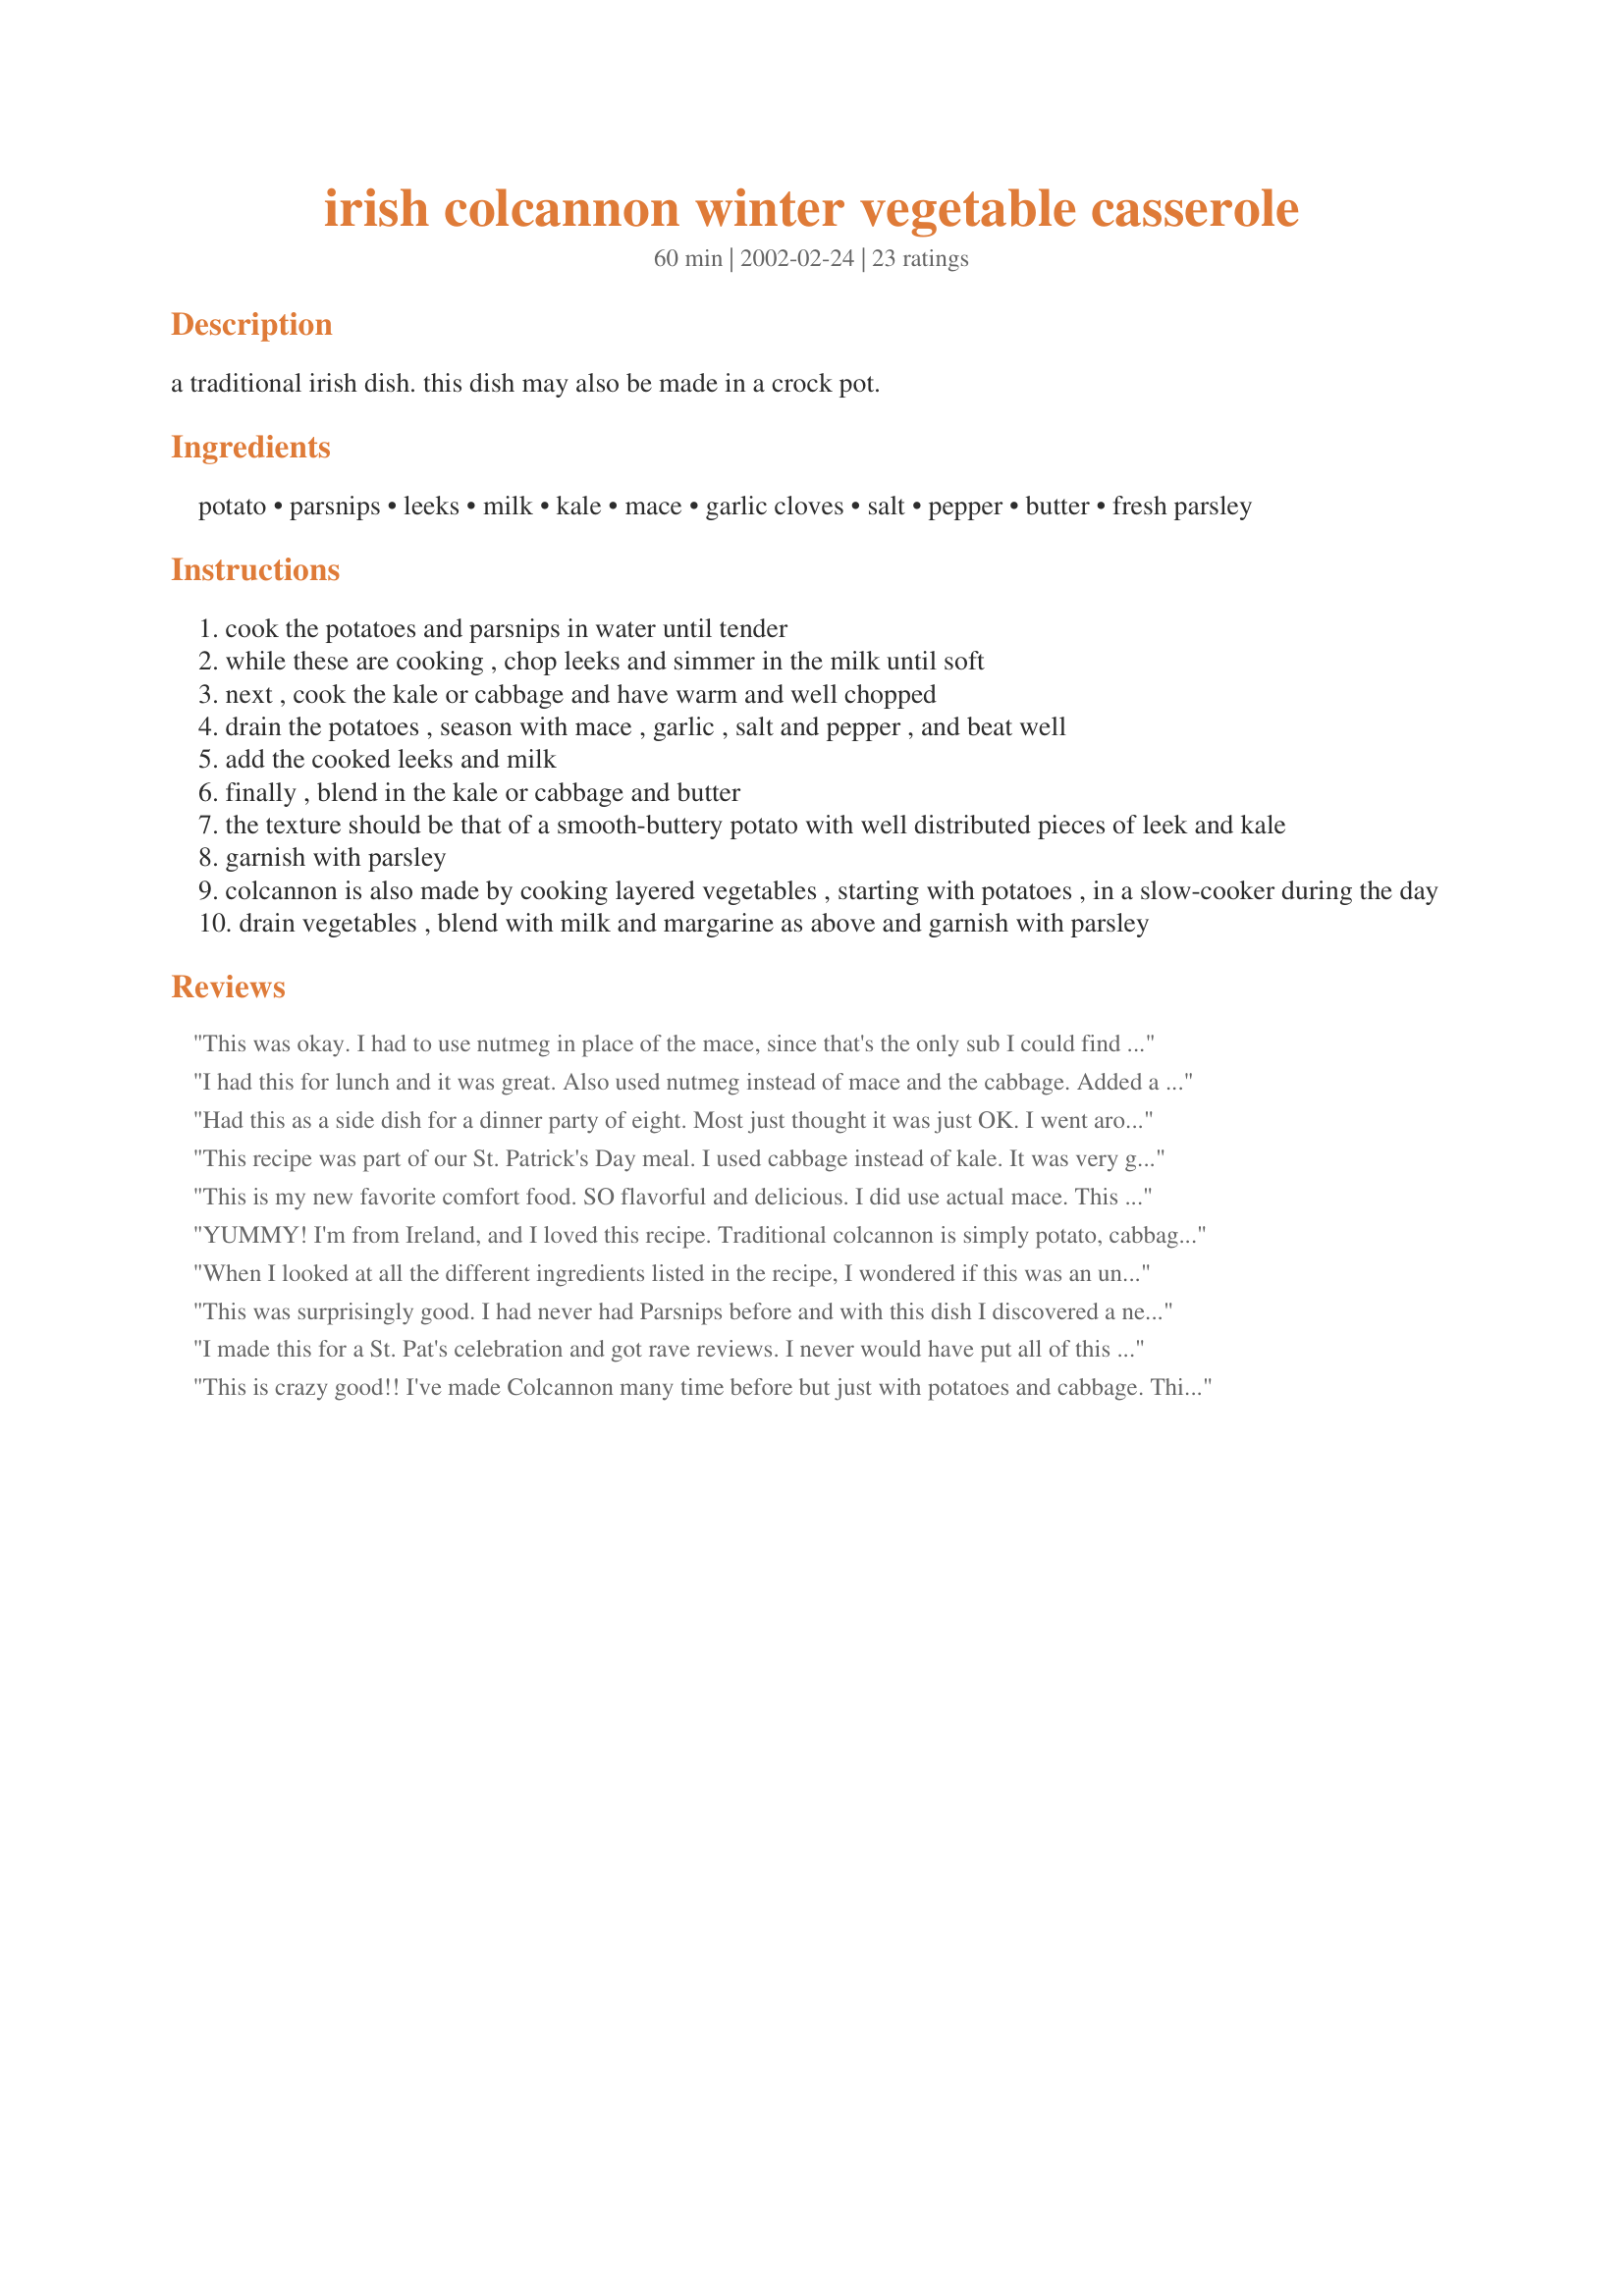
irish colcannon winter vegetable casserole
Preparation time: 60 minutes

a traditional irish dish. this dish may also be made in a crock pot.

Ingredients:
potato, parsnips, leeks, milk, kale, mace, garlic cloves, salt, pepper, butter, fresh parsley

Steps:
cook the potatoes and parsnips in water until tender
while these are cooking , chop leeks and simmer in the milk until soft
next , cook the kale or cabbage and have warm and well chopped
drain the potatoes , season with mace , garlic , salt and pepper , and beat well
add the cooked leeks and milk
finally , blend in the kale or cabbage and butter
the texture should be that of a smooth-buttery potato with well distributed pieces of leek and kale
garnish with parsley
colcannon is also made by cooking layered vegetables , starting with potatoes , in a slow-cooker during the day
drain vegetables , blend with milk and margarine as above and garnish with parsley

Reviews:
This was okay. I had to use nutmeg in place of the mace, since that's the only sub I could find at my store. I added some instant potato flakes to thicken it up and make it creamier.
I had this for lunch and it was great. Also used nutmeg instead of mace and the cabbage. Added a bit of shredded cheddar cheese and enjoyed!
Had this as a side dish for a dinner party of eight. Most just thought it was just OK. I went around the table and asked guests to rate it on a scale of 1-10. Most said 6.

This recipe was part of our St. Patrick's Day meal. I used cabbage instead of kale. It was very good. A nice hearty dish to serve on a cold day.
This is my new favorite comfort food. SO flavorful and delicious. I did use actual mace. This recipe requires a lot of pots and pans, but the cleanup is totally worth it. Thanks Miss Annie!
YUMMY!

I'm from Ireland, and I loved this recipe. Traditional colcannon is simply potato, cabbage, milk, butter, salt and pepper (it is a simple, easy, staple meal for some people here). This version gives it an interesting twist, lovely taste. Will try again. Colcannon goes great with bacon or gammon!
When I looked at all the different ingredients listed in the recipe, I wondered if this was an unusual and upmarket version of Coclannon. I asked a friend at work who comes from Ireland and she says she includes parsnips, leeks etc too. So regarding Mysterygirl's question on authenticity, it passes the test with flying colours (I had to sub nutmeg for mace too though)! DH and I enjoyed this; we had it with vegetarian sausages for a real Friday night comfort food fest! I can also tell you that my version looked like Rita L's photograph; but without the immaculate presentation though! 

This was surprisingly good. I had never had Parsnips before and with this dish I discovered a new vegetable that I liked. I was impressed with the different kinds of vegetables used to make this hearty dish. I hate cleaning leeks so I did not use them and I cut the parsley by half. But I was thoroughly impressed to say the least and I will be using this recipe again in the upcoming colder months.<br/><br/>Thanks so much for sharing. A simply wonderful companion to almost any meat and would work well as a main dish for a vegetarian dinner or while on a no-meat diet.
I made this for a St. Pat's celebration and got rave reviews. I never would have put all of this together on my own. What a great combination!
This is crazy good!! I've made Colcannon many time before but just with potatoes and cabbage. This takes the dish to a whole ( and very satisfying) new level. Our gourmet market sells Irish Bangers. I served those, this colcannon and beer bread for a very tasty dinner. We had left over colcannon that I formed into small patties and fried up in butter and served with fried eggs for breakfast. A real stick-to-the-ribs meal on a cold day. Many thanks!!
I've never had colcannon before so I can only review this on taste and not authenticity. As far as taste is concerned this is excellent. I had never cooked kale before and dh requsted that I use it instead of cabbage. I also subbed nutmeg for mace since I didn't have any on hand. I must tell you that this is just an excellent cold weather dish. Very filing and very comforting.
FANTASTIC! I made this for the first time this St. Patrick's Day 2007 and it turned out great. I used about 2 - 2.5 lbs. Yukon Gold Potatoes and only 1 parsnip. I used everything else listed in the ingredients and maybe a bit more butter (to taste!). These are amazing and I could eat them just about every day. My Irish family-in-laws LOVED them!
I LOVED this. I halved the recipe and it came out great! There is only 2 of us so 6-8 servings is a bit to much, but this was so good I wish I had made the full recipe! I blended it up a little more than called for so it was more like smashed root veggies & cabbage with leeks. VERY creamy and nice. I didn't have mace, and usually don't use it so I substituted nutmeg. For the cabbage I had some napa cabbage in the fridge so I used that. I only had 2% milk and thought it should be a little more fatty so I added about 3 Tbsp heavy whipping cream to the milk. The picture ~Rita~ took is so nice I didn't take a picture of mine.
This was an interesting dish, and I wonder if the combination is an aquired taste. I'm not sure that I cared for the mace. I've never had Colcannon before, so I have nothing to compare it to. It worked nicely as a side for corned beef.
I'm just posting a comment not a rating. This dish did not go over well, but I think it was due to using the wrong kind of potato. I intended to use Yukon Golds or another non-waxy potato, but DH did the food shopping and bought waxy red potatoes. I wasn't sure if they would work, and sure enough they turned out a bit gluey when mashed. Lesson learned: Do not send DH to the food store without explicit instructions.
never have i had colcannon that was so delicious and has such a reminder of winter's passing.
This dish was just not for me. the parsnip and mace have far too heavy flavors for me. the leeks cabbage and garlic, hey that was right on! It&#039;s not the recipe that I didn&#039;t favor, just the overall flavor.
This is fabulous and a definite keeper for us. I omitted the mace due to personal preference, and increased the potatoes used to 2.5 lbs (1 lb just didn't seem like enough for 6-8 servings, nor did it seem like 1 lb would provide the right balance with the amount of leeks, cabbage, etc.). We served it with grilled pork chops and it was very delicious! I think it would be great with a slice of prime rib and some au jus too! YUM! Or with meatloaf! Or... ;) Thanks for sharing!
I browned bacon fist then sauteed cabbage.The bacon gave this a great flavor as did the leeks!
Real Yummy Comfort food!
There's something so delicious and so comforting about a simple cabbage and potato dish, and I think that's why this one didn't thrill me. The addition of parsnips and mace was certainly interesting (which is what I was looking for when I picked this recipe), but ultimately I think the sweetness of it detracted from the basic flavor. The leeks, however, were a very nice addition that I'd definitely try again.
Miss Annie, this was yummy! I forgot to buy parsnip, instead I used carrots which also gave the dish a pretty color. I lightly micro-steamed both kale and cabbage for 5 mintues and let it sit, covered until ready to stir into the potatoes. To make the potatoes easier to mash I added the milk used for soaking the leeks. (I warmed the milk, too.) Very easy to put together and hit the spot. Pure comfort food. I also was out of mace, so I used freshly grated nutmeg. Used white pepper, not black to season. Thank you for sharing your recipe with us. cg ;)
I made this exactly as written but we thought it was just OK. Thank you for posting.
I could eat this every day. Delish! I used kale instead of cabbage. The leeks really gives this dish an incredible flavour. Loved it!
